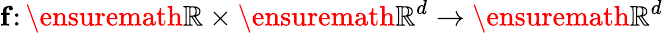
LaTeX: \mathbf{f}\colon\ensuremath{\mathbb{R}}\times\ensuremath{\mathbb{R}^{d}}\to\ensuremath{\mathbb{R}^{d}}